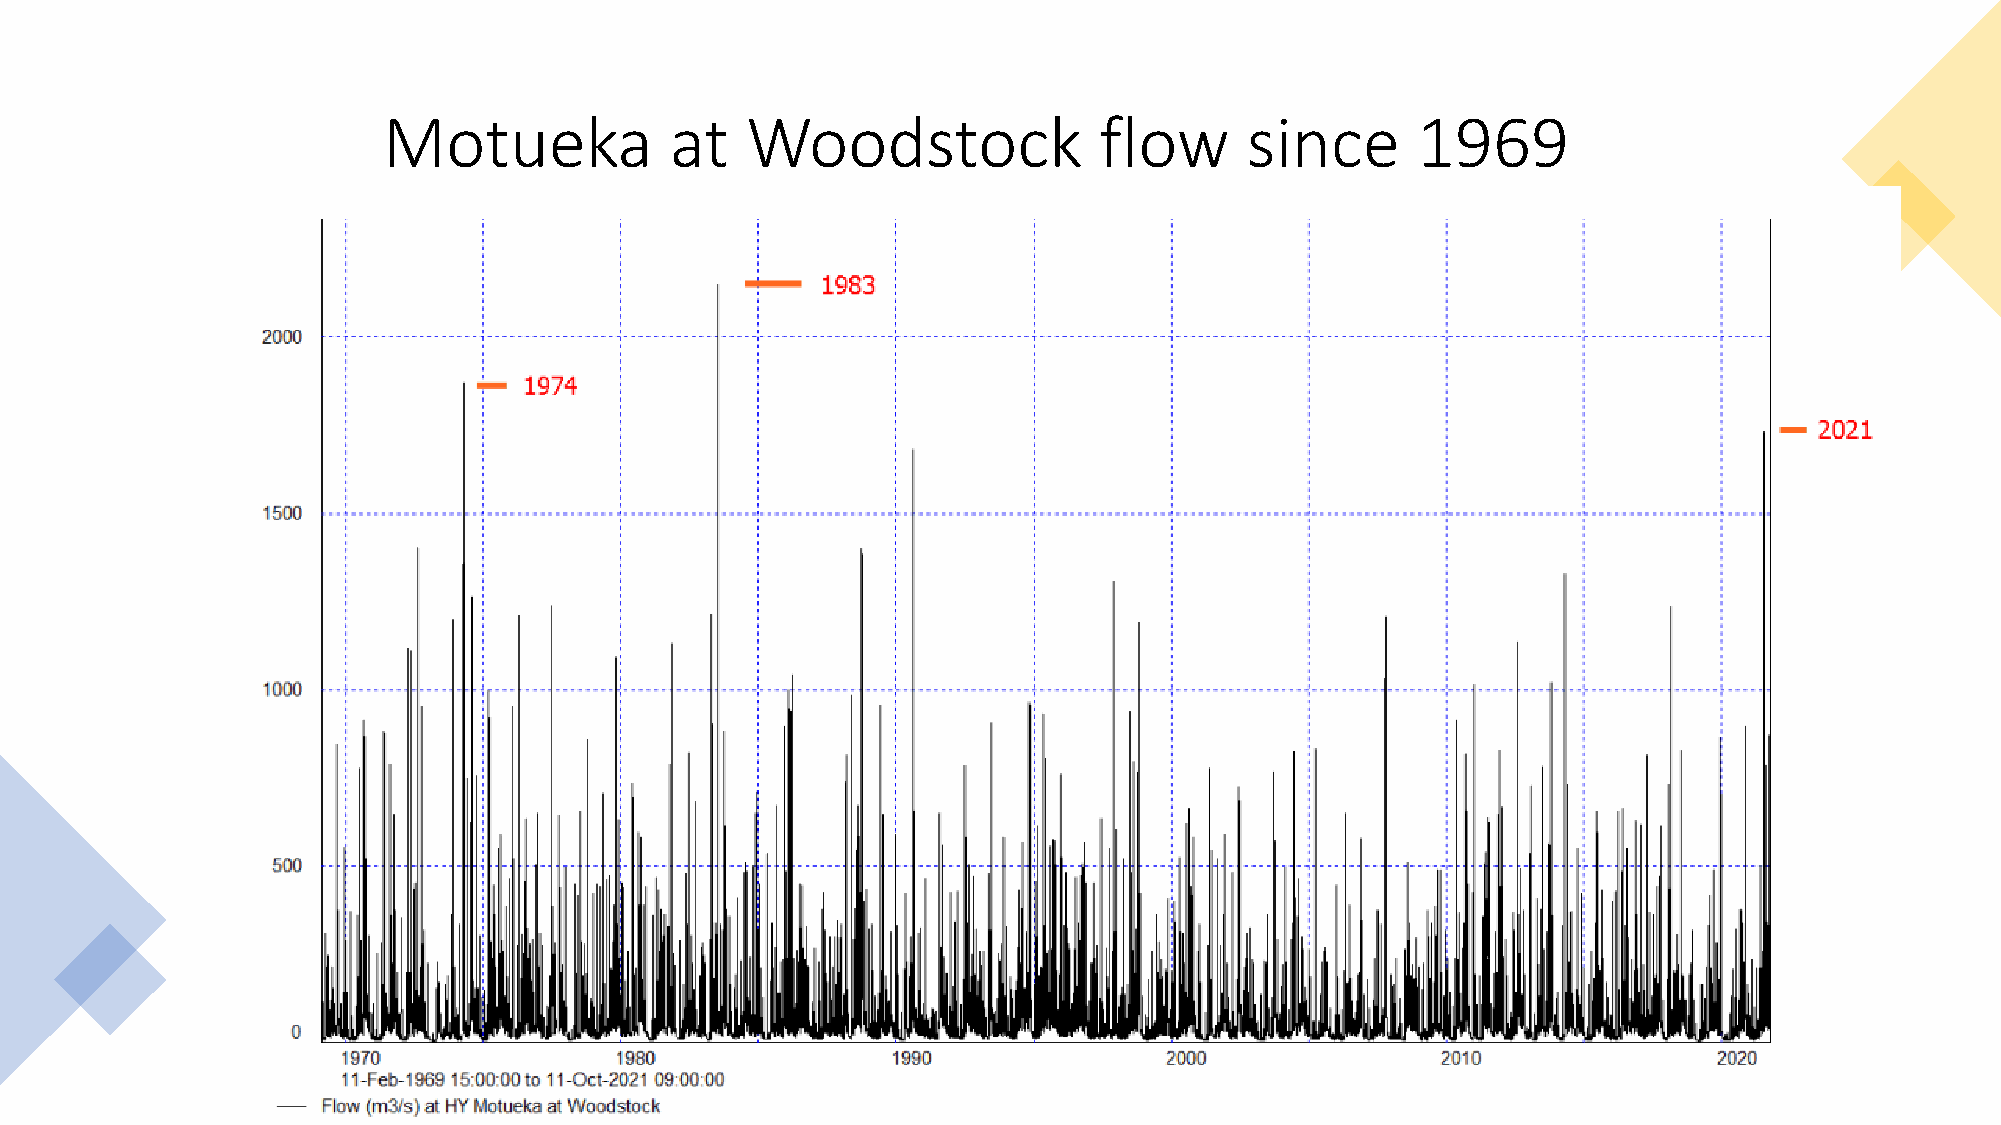
Motueka            at   Woodstock               flow     since       1969